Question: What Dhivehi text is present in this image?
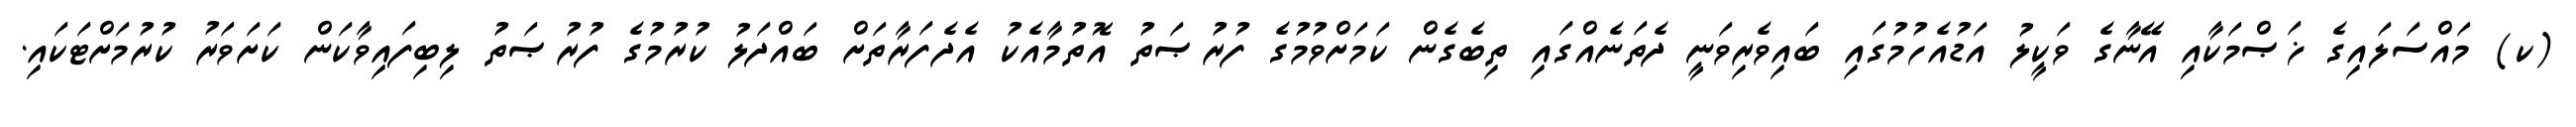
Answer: (ކ) މައްސަލައިގެ ޚަޞްމަކާއި އޭނާގެ ވަކީލު އަޑުއެހުމުގައި ބައިވެރިވަނީ ދެތަނެއްގައި ތިބެގެން ކަމަށްވުމުގެ ފުރުޞަތު އޮތުމާއެކު އެދެފަރާތަށް ބައްދަލު ކުރުމުގެ ފުރުޞަތު ލިބިފައިވާކަން ކަށަވަރު ކުރުމަށްޓަކައި.